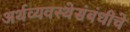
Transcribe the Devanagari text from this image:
अर्थव्यवस्थेसंबंधीचे